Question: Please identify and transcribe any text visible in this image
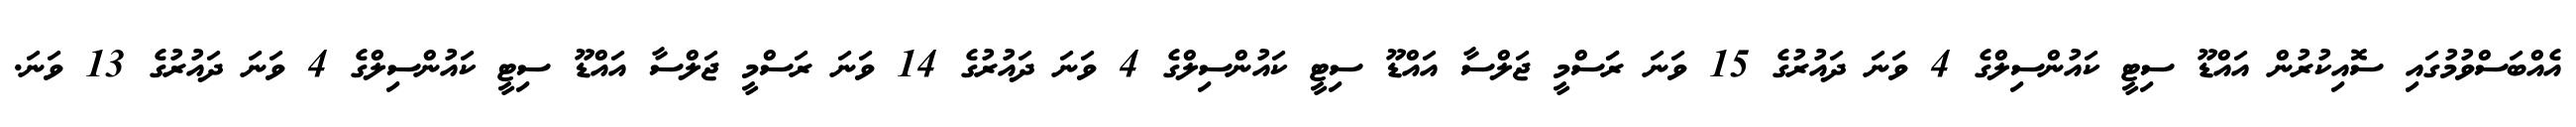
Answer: އެއްބަސްވުމުގައި ސޮއިކުރުން އައްޑޫ ސިޓީ ކައުންސިލްގެ 4 ވަނަ ދައުރުގެ 15 ވަނަ ރަަސްމީ ޖަލްސާ އައްޑޫ ސިޓީ ކައުންސިލްގެ 4 ވަނަ ދައުރުގެ 14 ވަނަ ރަސްމީ ޖަލްސާ އައްޑޫ ސިޓީ ކައުންސިލްގެ 4 ވަނަ ދައުރުގެ 13 ވަނަ.